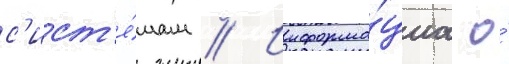
с'ист'е́мам // Информа́циа о́